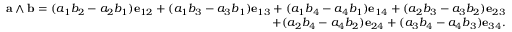
{ \begin{array} { r } { \mathbf { a } \wedge \mathbf { b } = ( a _ { 1 } b _ { 2 } - a _ { 2 } b _ { 1 } ) \mathbf { e } _ { 1 2 } + ( a _ { 1 } b _ { 3 } - a _ { 3 } b _ { 1 } ) \mathbf { e } _ { 1 3 } + ( a _ { 1 } b _ { 4 } - a _ { 4 } b _ { 1 } ) \mathbf { e } _ { 1 4 } + ( a _ { 2 } b _ { 3 } - a _ { 3 } b _ { 2 } ) \mathbf { e } _ { 2 3 } } \\ { + ( a _ { 2 } b _ { 4 } - a _ { 4 } b _ { 2 } ) \mathbf { e } _ { 2 4 } + ( a _ { 3 } b _ { 4 } - a _ { 4 } b _ { 3 } ) \mathbf { e } _ { 3 4 } . } \end{array} }